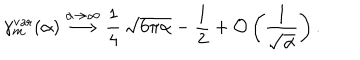
\gamma _ { m } ^ { \mathrm { v a r } } ( \alpha ) \stackrel { \alpha \to \infty } { \longrightarrow } \frac { 1 } { 4 } \, \sqrt { 6 \pi \alpha } - \frac { 1 } { 2 } + { \cal O } \left( \frac { 1 } { \sqrt { \alpha } } \right) .